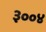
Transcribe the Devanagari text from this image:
३००४